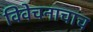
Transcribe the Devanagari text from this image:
विवेचनाचाच